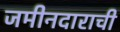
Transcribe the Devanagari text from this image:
जमीनदाराची